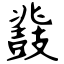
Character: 鼗